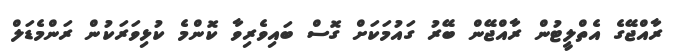
ރާއްޖޭގެ އެތްލީޓުން ރާއްޖޭން ބޭރު ގައުމަކަށް ގޮސް ބައިވެރިވާ ކޮންމެ ކުޅިވަރަކުން ރަންމެޑަލް